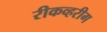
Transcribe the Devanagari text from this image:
रीकव्हरीग